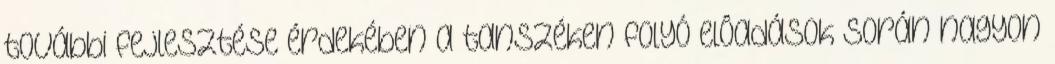
további fejlesztése érdekében a tanszéken folyó elôadások során nagyon